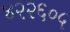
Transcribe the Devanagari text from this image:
४२२६०५